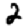
Digit: 2